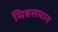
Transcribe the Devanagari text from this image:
मित्रसमान